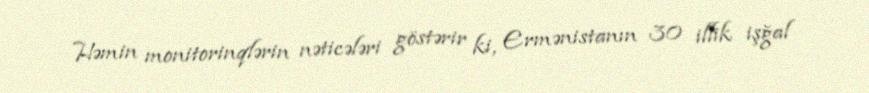
Həmin monitorinqlərin nəticələri göstərir ki, Ermənistanın 30 illik işğal